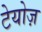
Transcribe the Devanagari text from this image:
टेयोज़